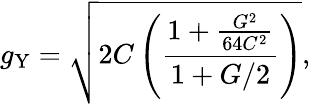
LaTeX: g_{\mathrm{Y}}=\sqrt{2C\left(\frac{1+\frac{G^{2}}{64C^{2}}}{1+G/2}\right)},